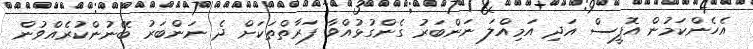
އެހެންކަމުން އޮފީސް އަދި އަމިއްލަ ނަންބަރު ގެންގުޅުއްވާ ފަރާތްތަކަށް ދެ ނަންބަރު ބޭނުންކުރެއްވުން